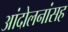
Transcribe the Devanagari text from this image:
आंदोलनांसह